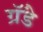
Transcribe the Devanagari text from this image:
ग्रॅंडे